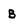
Character: B